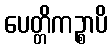
ပေတ္တိကဉ္စာပိ